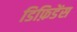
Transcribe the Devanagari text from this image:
डिफ़िडेंस